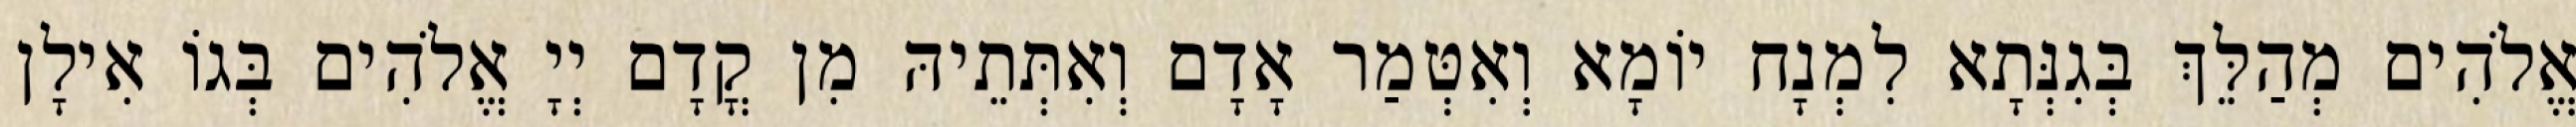
אֱלֹהִים מְהַלֵּךְ בְּגִנְּתָא לִמְנָח יוֹמָא וְאִטְּמַר אָדָם וְאִתְּתֵיהּ מִן קֳדָם יְיָ אֱלֹהִים בְּגוֹ אִילָן